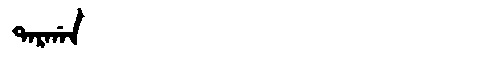
Manchu: ᡨᠠᡵᡤᠠᠨ
Romanization: TARGAN